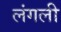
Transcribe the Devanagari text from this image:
लंगली